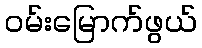
ဝမ်းမြောက်ဖွယ်